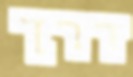
דרך